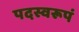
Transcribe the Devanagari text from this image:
पदस्वरूपं